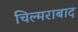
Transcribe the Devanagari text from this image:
चिल्मराबाद